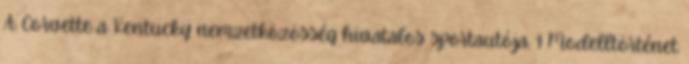
A Corvette a Kentucky nemzetközösség hivatalos sportautója. 1 Modelltörténet